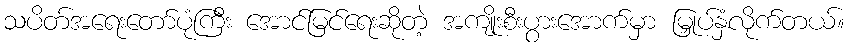
သပိတ်အရေးတော်ပုံကြီး အောင်မြင်ရေးဆိုတဲ့ အကျိုးစီးပွားအောက်မှာ မြှုပ်နှံလိုက်တယ်။